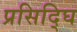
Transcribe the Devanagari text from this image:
प्रसिद्घि